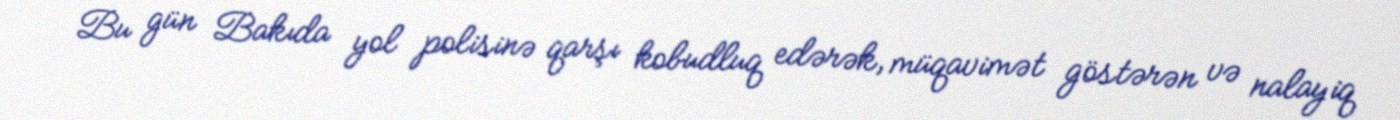
Bu gün Bakıda yol polisinə qarşı kobudluq edərək, müqavimət göstərən və nalayiq